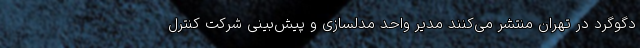
دگوگرد در تهران منتشر می‌کنند مدیر واحد مدلسازی و پیش‌بینی شرکت کنترل